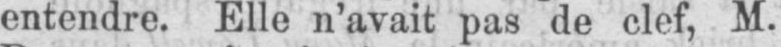
entendre. Elle n’avait pas de clef, M.